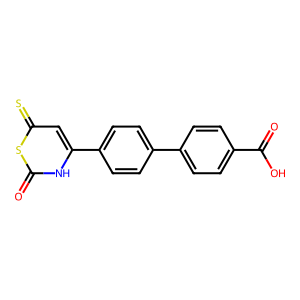
SMILES: O=C(O)c1ccc(-c2ccc(-c3cc(=S)sc(=O)[nH]3)cc2)cc1
Inhibits HIV replication: No